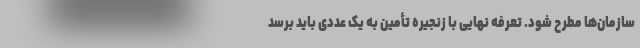
سازمان‌ها مطرح شود. تعرفه نهایی با زنجیره تأمین به یک عددی باید برسد